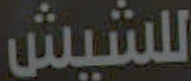
للشيش